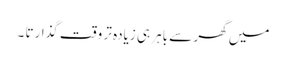
میں گھر سے باہر ہی زیادہ تر وقت گذارتا ۔